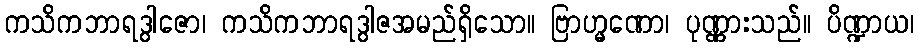
ကသိကဘာရဒွါဇော၊ ကသိကဘာရဒွါဇအမည်ရှိသော။ ဗြာဟ္မဏော၊ ပုဏ္ဏားသည်။ ပိဏ္ဍာယ၊